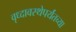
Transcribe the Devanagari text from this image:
वृध्दावस्थेपर्यंतच्या